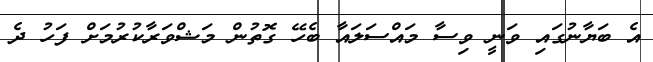
އެ ބަޔާނުގައި ވަނީ ވިސާ މައްސަލައާ ބެހޭ ގޮތުން މަޝްވަރާކުރުމަށް ފަހު ދެ